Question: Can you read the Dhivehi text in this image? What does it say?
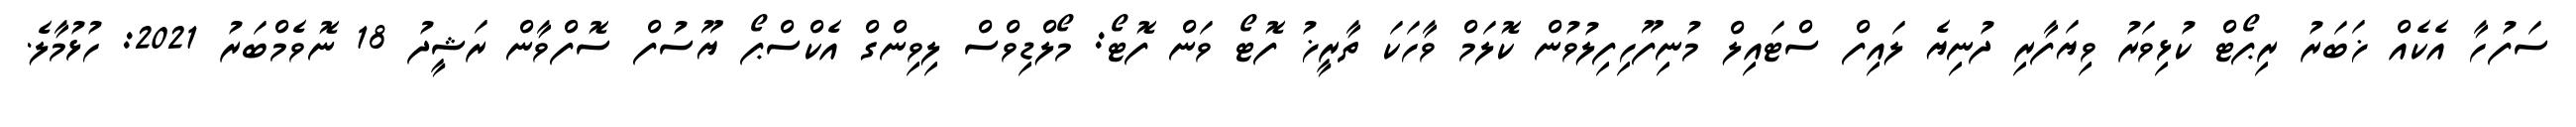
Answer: ސަފުހާ އެކެއް ޚަބަރު ރިޕޯޓް ކުޅިވަރު ވިޔަފާރި ދުނިޔެ ލައިފް ސްޓައިލް މުނިފޫހިފިލުވުން ކޮލަމް ވާހަކަ ތާރީޚު ފޮޓޯ ވަން ފޮޓޯ: މޯލްޑިވްސް ލިވިންގް އެކްސްޕޯ ޔޫސުފް ސޮފްވާން ރަޝީދު 18 ނޮވެމްބަރު 2021: ހުޅުމާލެ.